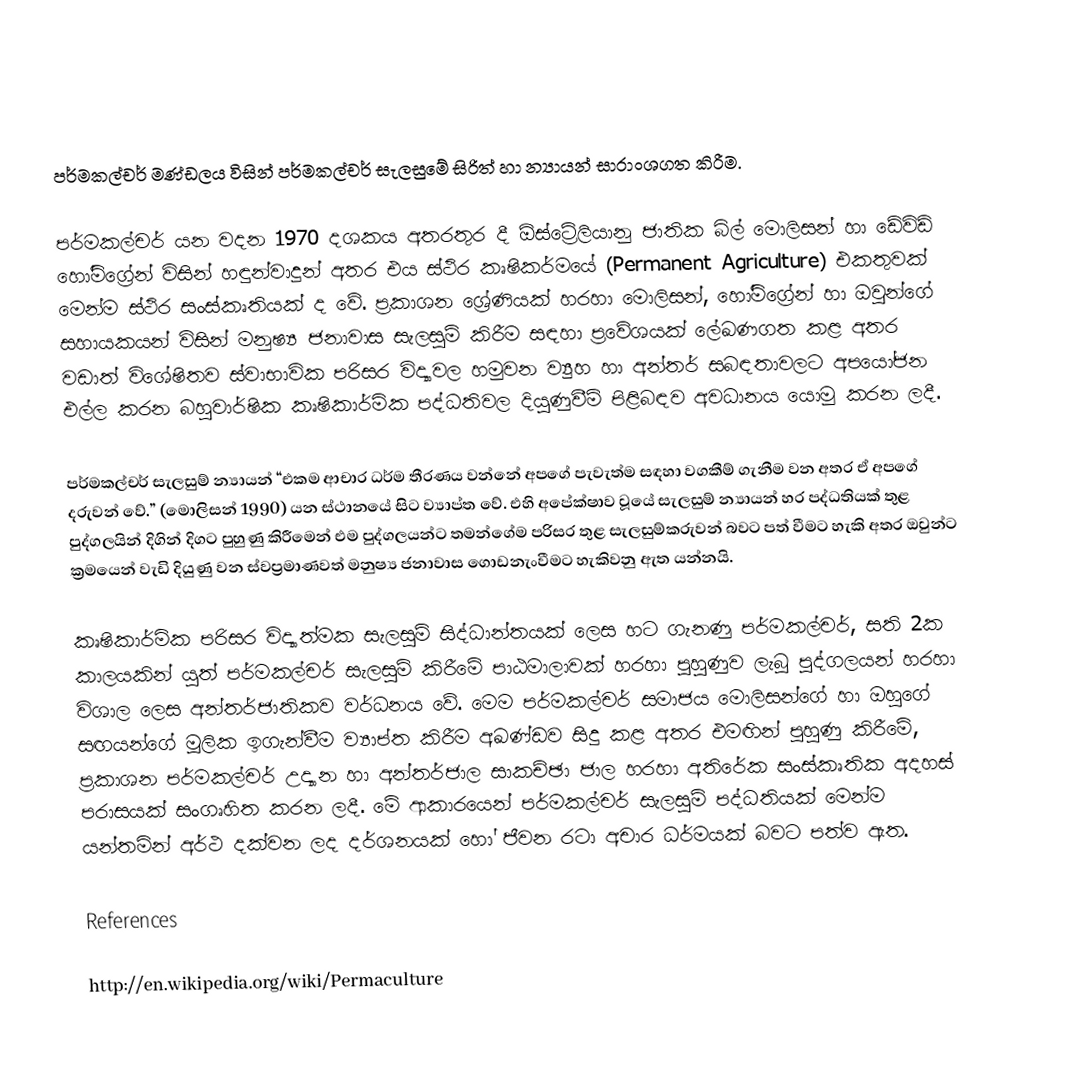

පර්මකල්චර් මණ්ඩලය විසින් පර්මකල්චර් සැලසුමේ සිරිත් හා න්‍යායන් සාරාංශගත කිරීම.

පර්මකල්චර් යන වදන 1970 දශකය අතරතුර දී ඕස්ට්‍රේලියානු ජාතික බිල් මොලිසන් හා ඩේවිඩ් හෝම්ග්‍රේන් විසින් හඳුන්වාදුන් අතර එය ස්ථිර කෘෂිකර්මයේ (Permanent Agriculture) එකතුවක් මෙන්ම ස්ථිර සංස්කෘතියක් ද වේ. ප්‍රකාශන ශ්‍රේණියක් හරහා මොලිසන්, හෝම්ග්‍රේන් හා ඔවුන්ගේ සහායකයන් විසින් මනුෂ්‍ය ජනාවාස සැලසුම් කිරීම සඳහා ප්‍රවේශයක් ලේඛණගත කළ අතර වඩාත් විශේෂිතව ස්වාභාවික පරිසර විද්‍යාවල හමුවන ව්‍යුහ හා අන්තර් සබඳතාවලට අපයෝජන එල්ල කරන බහුවාර්ෂික කෘෂිකාර්මික පද්ධතිවල දියුණුවීම් පිළිබඳව අවධානය යොමු කරන ලදී.

පර්මකල්චර් සැලසුම් න්‍යායන්  “එකම ආචාර ධර්ම තීරණය වන්නේ අපගේ පැවැත්ම සඳහා වගකීම් ගැනීම වන අතර ඒ අපගේ දරුවන් වේ.” (මොලිසන් 1990) යන ස්ථානයේ සිට ව්‍යාප්ත වේ. එහි අපේක්ෂාව වූයේ සැලසුම් න්‍යායන් හර පද්ධතියක් තුළ පුද්ගලයින් දිගින් දිගට පුහුණු කිරීමෙන් එම පුද්ගලයන්ට තමන්ගේම පරිසර තුළ සැලසුම්කරුවන් බවට පත් වීමට හැකි අතර ඔවුන්ට ක්‍රමයෙන් වැඩි දියුණු වන ස්වප්‍රමාණවත් මනුෂ්‍ය ජනාවාස ගොඩනැංවීමට හැකිවනු ඇත යන්නයි.

කෘෂිකාර්මික පරිසර විද්‍යාත්මක සැලසුම් සිද්ධාන්තයක් ලෙස හට ගැනණු පර්මකල්චර්,  සති 2ක කාලයකින් යුත් පර්මකල්චර් සැලසුම් කිරීමේ පාඨමාලාවක් හරහා පුහුණුව ලැබූ පුද්ගලයන් හරහා විශාල ලෙස අන්තර්ජාතිකව වර්ධනය වේ. මෙම පර්මකල්චර් සමාජය මොලිසන්ගේ හා ඔහුගේ සඟයන්ගේ මූලික ඉගැන්වීම ව්‍යාප්ත කිරීම අඛණ්ඩව සිදු කළ අතර එමඟින් පුහුණු කිරීමේ, ප්‍රකාශන පර්මකල්චර් උද්‍යාන හා අන්තර්ජාල සාකච්ඡා ජාල හරහා අතිරේක සංස්කෘතික අදහස් පරාසයක් සංගෘහිත කරන ලදී. මේ ආකාරයෙන් පර්මකල්චර් සැලසුම් පද්ධතියක් මෙන්ම යන්තමින් අර්ථ දක්වන ලද දර්ශනයක් හෝ ජීවන රටා අචාර ධර්මයක් බවට පත්ව ඇත.

References

http://en.wikipedia.org/wiki/Permaculture